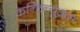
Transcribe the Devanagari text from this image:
कन्टिन्युअस